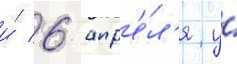
и́ 6 апр'е́л'я у́